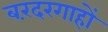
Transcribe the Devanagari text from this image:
बरंदरगाहों